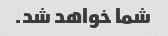
شما خواهد شد.